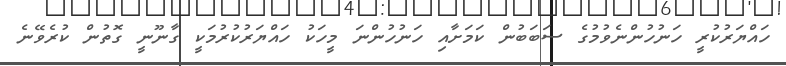
ހައްޔަރުކުރީ ހަނުހުންނެވުމުގެ ސަބަބުން ކަމަށާއި ހަނުހުންނަ މީހަކު ހައްޔަރުކުރުމަކީ ގާނޫނީ ގޮތުން ކުރެވޭނެ